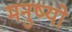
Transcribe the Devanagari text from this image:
मनुष्‍यो